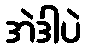
အဲဒါပဲ